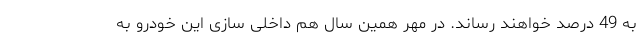
به 49 درصد خواهند رساند. در مهر همین سال هم داخلی سازی این خودرو به